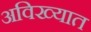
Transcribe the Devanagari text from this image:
अविख्यात